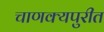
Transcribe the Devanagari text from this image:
चाणक्यपुरीत